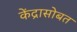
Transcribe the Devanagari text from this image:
केंद्रासोबत